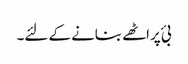
بئ پراٹھے بنانے کے لئے۔